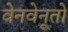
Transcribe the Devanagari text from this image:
वेनवेनूतो